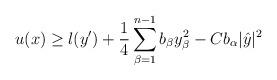
LaTeX: \begin{align*}u (x) \geq l (y') + \frac{1}{4} \sum_{\beta=1}^{n-1} b_\beta y_\beta^2 - C b_\alpha |\hat{y}|^2\end{align*}